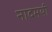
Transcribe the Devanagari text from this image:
नादमयी